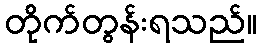
တိုက်တွန်းရသည်။